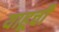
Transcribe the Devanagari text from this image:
याहूची